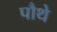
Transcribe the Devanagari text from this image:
पौथे